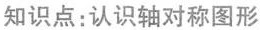
知识点：认识轴对称图形